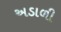
અડાળી